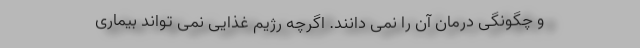
و چگونگی درمان آن را نمی دانند. اگرچه رژیم غذایی نمی تواند بیماری